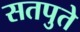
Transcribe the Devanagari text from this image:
सतपुते